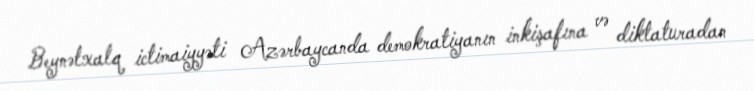
Beynəlxalq ictimaiyyəti Azərbaycanda demokratiyanın inkişafına və diktaturadan